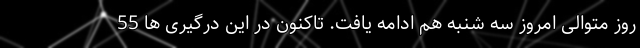
روز متوالی امروز سه شنبه هم ادامه یافت. تاکنون در این درگیری ها 55